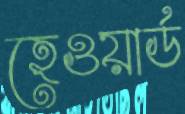
হেওয়ার্ড